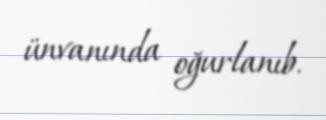
ünvanında oğurlanıb.